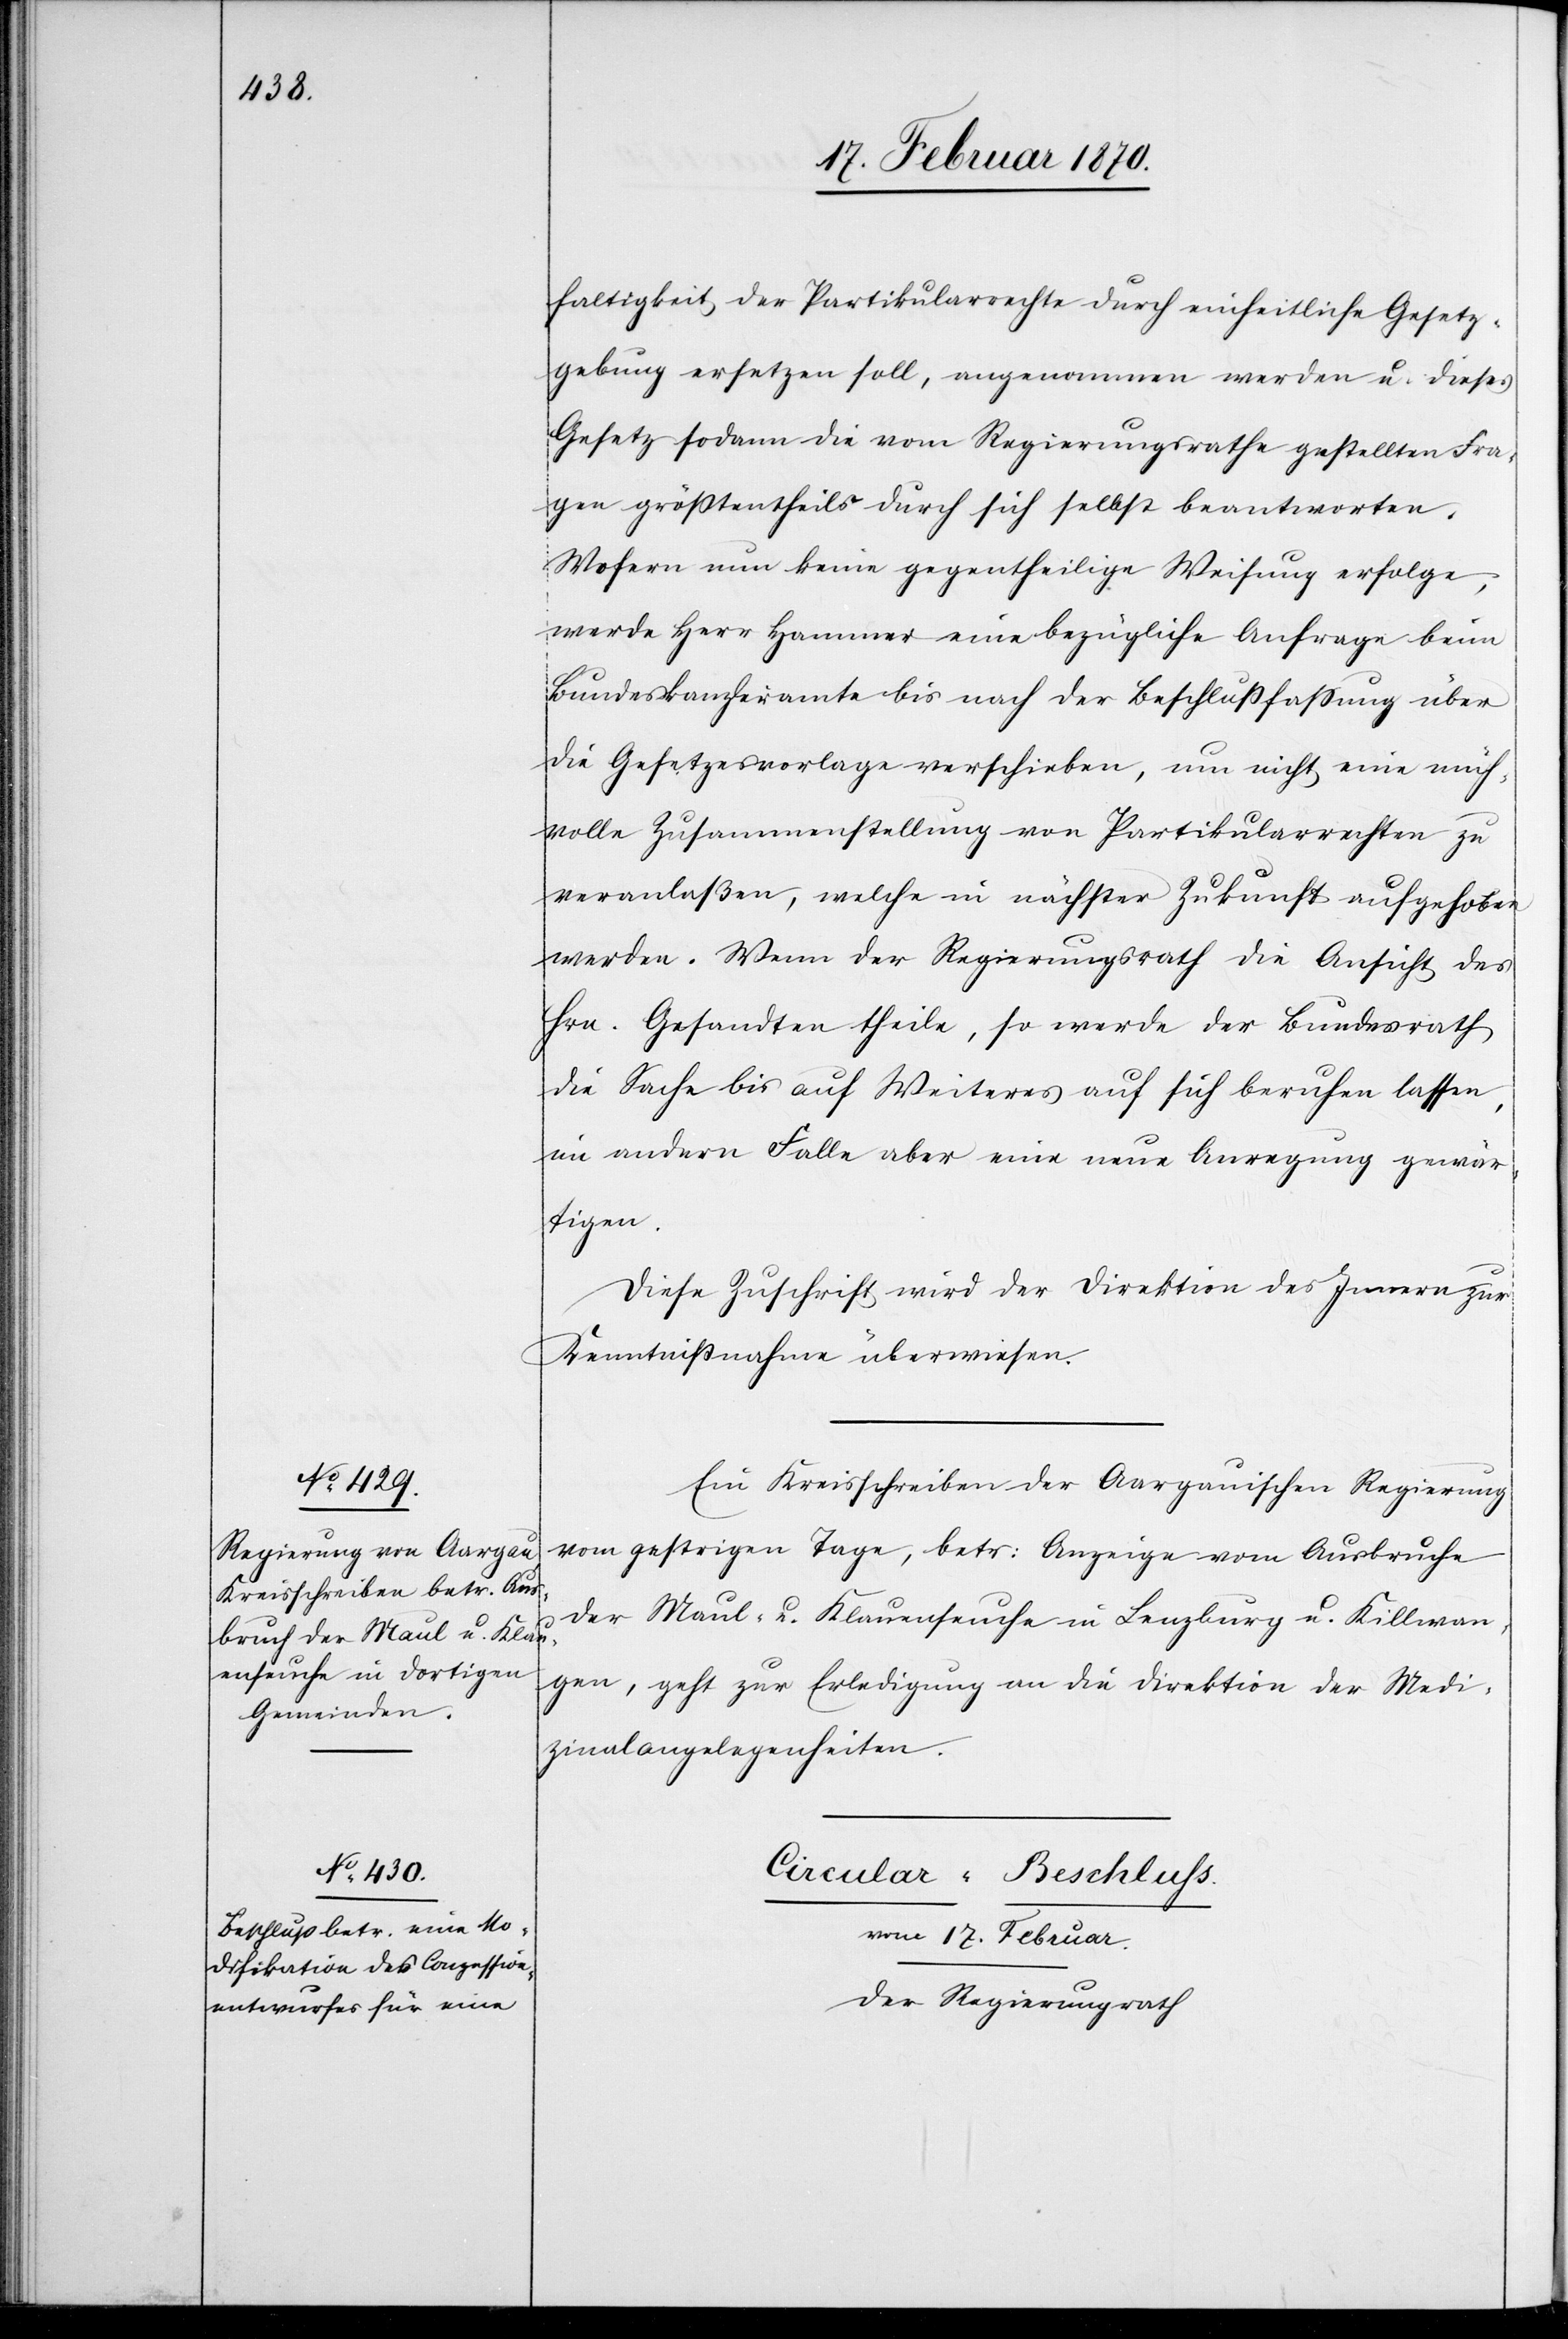
17. Februar 1870.]
faltigkeit der Partikularrechte durch einheitliche Gesetz¬
gebung ersetzen soll, angenommen werden, u. dieses
Gesetz sodann die vom Regierungsrathe gestellten Fra¬
gen grösstentheils durch sich selbst beantworten.
Wofern nun keine gegentheilige Weisung erfolge,
werde Herr Hammer eine bezüglich Anfrage beim
Bundeskanzleramte bis nach der Beschlussfassung über
die Gesetzesvorlage verschieben, um nicht eine müh¬
volle Zusammenstellung von Partikularrechten zu
veranlaßen, welche in nächster Zukunft aufgehoben
werden. Wenn der Regierungsrath die Ansicht des
Hrn. Gesandten theile, so werde der Bundesrath
die Sache bis auf Weiteres auf sich beruhen lassen,
im andern Falle aber eine neue Anregung gewär¬
tigen.
Diese Zuschrift wird der Direktion des Innern zur
Kenntnissnahme überwiesen.
Ein Kreisschreiben der Aargauischen Regierung
vom gestrigen Tage, betr: Anzeige vom Ausbruche
der Maul- u. Klauenseuche in Lenzburg u. Killwan¬
gen, geht zur Erledigung an die Direktion der Medi¬
zinalangelegenheiten.
Circular-Beschluss.
vom 17. Februar.
Der Regierungsrath